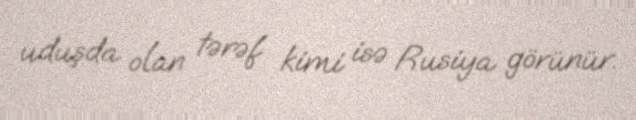
uduşda olan tərəf kimi isə Rusiya görünür.